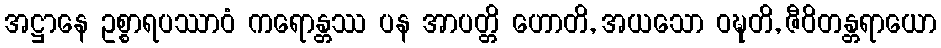
အဋ္ဌာနေ ဥစ္စာရပဿာဝံ ကရောန္တဿ ပန အာပတ္တိ ဟောတိ, အယသော ဝဍ္ဎတိ, ဇီဝိတန္တရာယော